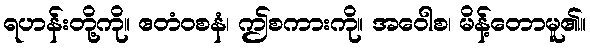
ရဟန်းတို့ကို။ ဧတံဝစနံ၊ ဤစကားကို။ အဝေါစ၊ မိန့်တောမူ၏။